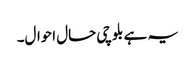
یہ ہے بلوچی حال احوال۔